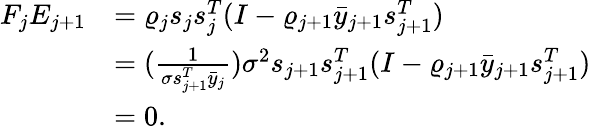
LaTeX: \begin{array}{rl}{F_{j}E_{j+1}}&{=\varrho_{j}{s_{j}s_{j}^{T}}(I-\varrho_{j+1}\bar{y}_{j+1}s_{j+1}^{T})}\\ &{=(\frac{1}{\sigma s_{j+1}^{T}\bar{y}_{j}})\sigma^{2}s_{j+1}s_{j+1}^{T}(I-\varrho_{j+1}\bar{y}_{j+1}s_{j+1}^{T})}\\ &{=0.}\end{array}